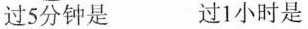
过5分钟是 过1小时是